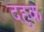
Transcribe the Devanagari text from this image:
दहुक